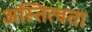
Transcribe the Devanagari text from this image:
अस्तित्वता